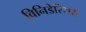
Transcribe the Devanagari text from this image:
विनिडेरियस